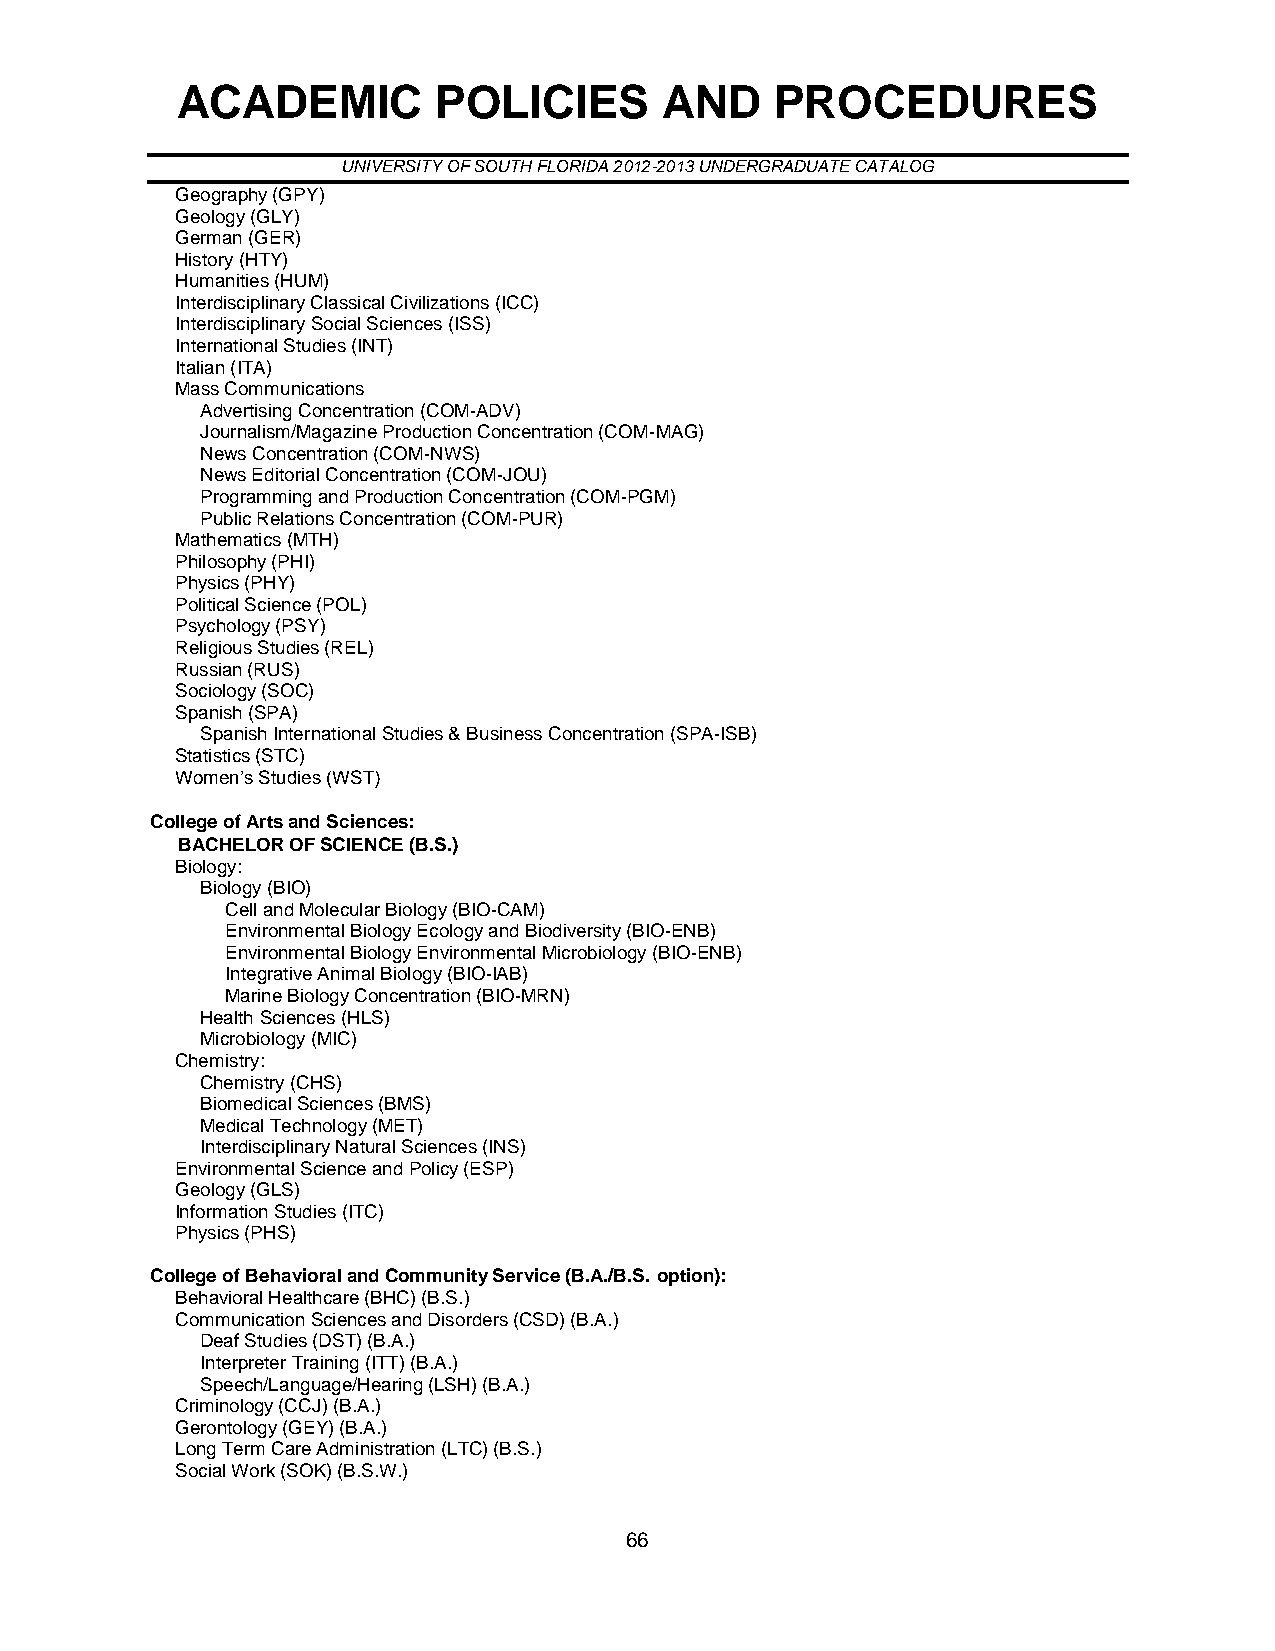
ACADEMIC         POLICIES       AND    PROCEDURES
 UNIVERSITY OF SOUTH FLORIDA 2012-2013 UNDERGRADUATE CATALOG
 Geography (GPY)
 Geology (GLY)
 German (GER)
 History (HTY)
 Humanities (HUM)
 Interdisciplinary Classical Civilizations (ICC)
 Interdisciplinary Social Sciences (ISS)
 International Studies (INT)
 Italian (ITA)
 Mass Communications
 Advertising Concentration (COM-ADV)
 Journalism/Magazine Production Concentration (COM-MAG)
 News Concentration (COM-NWS)
 News Editorial Concentration (COM-JOU)
 Programming and Production Concentration (COM-PGM)
 Public Relations Concentration (COM-PUR)
 Mathematics (MTH)
 Philosophy (PHI)
 Physics (PHY)
 Political Science (POL)
 Psychology (PSY)
 Religious Studies (REL)
 Russian (RUS)
 Sociology (SOC)
 Spanish (SPA)
 Spanish International Studies & Business Concentration (SPA-ISB)
 Statistics (STC)
 Women’s Studies (WST)
 College of Arts and Sciences:
 BACHELOR OF SCIENCE (B.S.)
 Biology:
 Biology (BIO)
 Cell and Molecular Biology (BIO-CAM)
 Environmental Biology Ecology and Biodiversity (BIO-ENB)
 Environmental Biology Environmental Microbiology (BIO-ENB)
 Integrative Animal Biology (BIO-IAB)
 Marine Biology Concentration (BIO-MRN)
 Health Sciences (HLS)
 Microbiology (MIC)
 Chemistry:
 Chemistry (CHS)
 Biomedical Sciences (BMS)
 Medical Technology (MET)
 Interdisciplinary Natural Sciences (INS)
 Environmental Science and Policy (ESP)
 Geology (GLS)
 Information Studies (ITC)
 Physics (PHS)
 College of Behavioral and Community Service (B.A./B.S. option):
 Behavioral Healthcare (BHC) (B.S.)
 Communication Sciences and Disorders (CSD) (B.A.)
 Deaf Studies (DST) (B.A.)
 Interpreter Training (ITT) (B.A.)
 Speech/Language/Hearing (LSH) (B.A.)
 Criminology (CCJ) (B.A.)
 Gerontology (GEY) (B.A.)
 Long Term Care Administration (LTC) (B.S.)
 Social Work (SOK) (B.S.W.)
 66